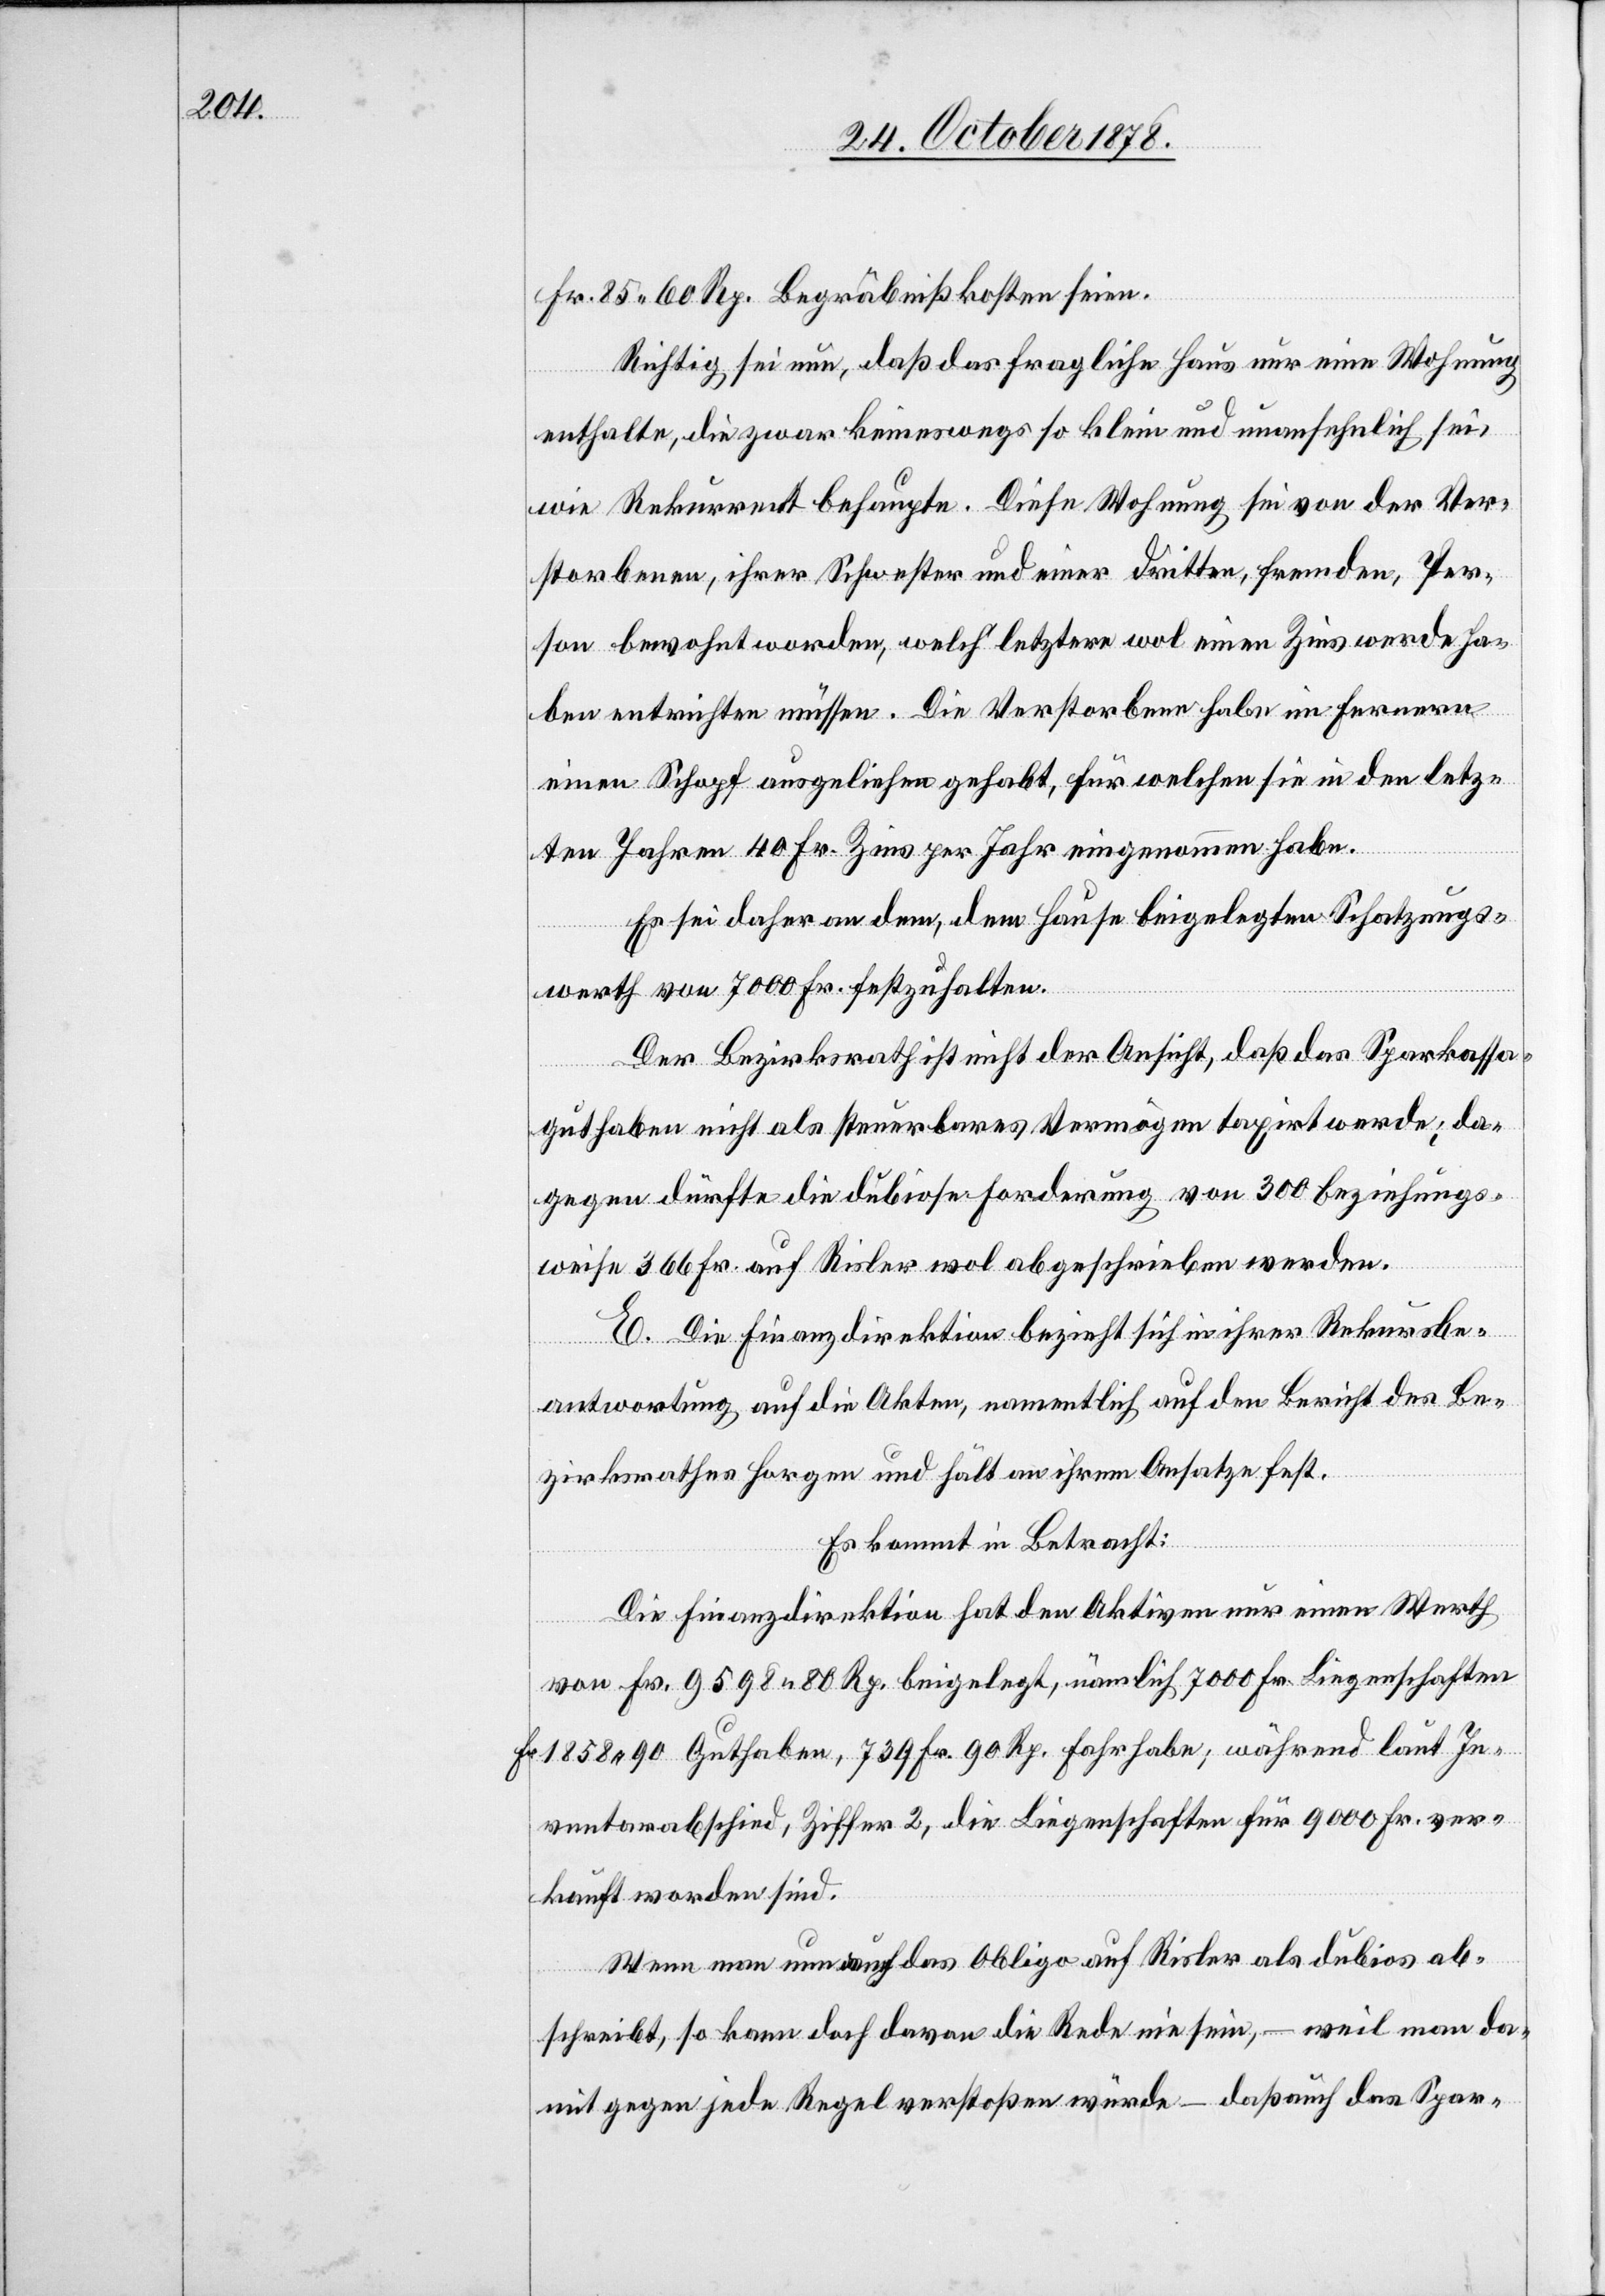
Fr. 85 60 Rp. Begräbnißkosten seien.
Richtig sei nun, daß das fragliche Haus nur eine Wohnung
enthalte, die zwar keineswegs so klein und unansehlich sei,
wie Rekurrent behaupte. Diese Wohnung sei von der Ver¬
storbenen, ihrer Schwester und einer Dritten, fremden, Per¬
son bewohnt worden, welch’ letztere wol einen Zins werde ha¬
ben entrichten müssen. Die Verstorbene habe im Ferneren
einen Schopf ausgeglichen gehabt, für welchen sie in den letz¬
ten Jahren 40 Fr. Zins per Jahr eingenommen habe.
Es sei daher an dem, dem Hause beigelegten Schatzungs¬
werth von 7000 Fr. festzuhalten.
Der Bezirksrath ist nicht der Ansicht, daß das Sparkassa¬
guthaben nicht als steuerbares Vermögen taxirt werde; da¬
gegen dürfte die dubiose Forderung von 300 beziehungs¬
weise 366 Fr. auf Risler wol abgeschrieben werden.
E. Die Finanzdirektion bezieht sich in ihrer Rekursbe¬
antwortung auf die Akten, namentlich auf den Bericht des Be¬
zirksrathes Horgen und hält an ihrem Ansatze fest.
Es kommt in Betracht:
Die Finanzdirektion hat den Aktiven nur einen Werth
von Fr. 9598 80 Rp. beigelegt, nämlich 7000 Fr. Liegenschaften[,]
Fr. 1858 90 Guthaben, 793 Fr. 90 Rp. Fahrhabe; während laut In¬
ventarabschied, Ziffer 2, die Liegenschaften für 9000 Fr. ver¬
kauft worden sind.
Wenn man nun auch das Obligo auf Risler als dubios ab¬
schreibt, so kann doch davon die Rede nie sein, – weil man da¬
mit gegen jede Regel verstoßen würde – daß auch das Spar-